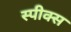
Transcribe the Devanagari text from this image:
स्पीक्स